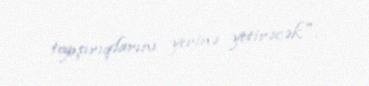
tapşırıqlarını yerinə yetirəcək".